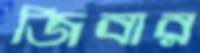
জিবার